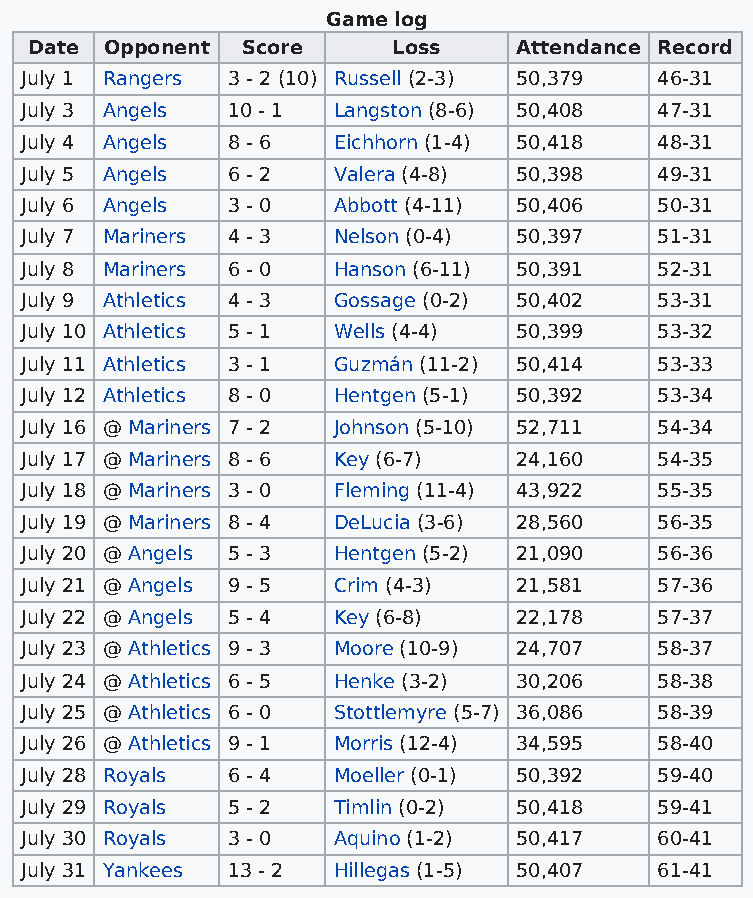
Game log
 Date Opponent Score     Loss    Attendance Record
 July 1 Rangers 3 - 2 (10) Russell (2-3) 50,379 46-31
 July 3 Angels 10 - 1 Langston (8-6) 50,408 47-31
 July 4 Angels 8 - 6  Eichhorn (1-4) 50,418 48-31
 July 5 Angels 6 - 2  Valera (4-8) 50,398  49-31
 July 6 Angels 3 - 0  Abbott (4-11) 50,406 50-31
 July 7 Mariners 4 - 3 Nelson (0-4) 50,397 51-31
 July 8 Mariners 6 - 0 Hanson (6-11) 50,391 52-31
 July 9 Athletics 4 - 3 Gossage (0-2) 50,402 53-31
 July 10 Athletics 5 - 1 Wells (4-4) 50,399 53-32
 July 11 Athletics 3 - 1 Guzmán (11-2) 50,414 53-33
 July 12 Athletics 8 - 0 Hentgen (5-1) 50,392 53-34
 July 16 @ Mariners 7 - 2 Johnson (5-10) 52,711 54-34
 July 17 @ Mariners 8 - 6 Key (6-7) 24,160 54-35
 July 18 @ Mariners 3 - 0 Fleming (11-4) 43,922 55-35
 July 19 @ Mariners 8 - 4 DeLucia (3-6) 28,560 56-35
 July 20 @ Angels 5 - 3 Hentgen (5-2) 21,090 56-36
 July 21 @ Angels 9 - 5 Crim (4-3) 21,581  57-36
 July 22 @ Angels 5 - 4 Key (6-8) 22,178   57-37
 July 23 @ Athletics 9 - 3 Moore (10-9) 24,707 58-37
 July 24 @ Athletics 6 - 5 Henke (3-2) 30,206 58-38
 July 25 @ Athletics 6 - 0 Stottlemyre (5-7) 36,086 58-39
 July 26 @ Athletics 9 - 1 Morris (12-4) 34,595 58-40
 July 28 Royals 6 - 4 Moeller (0-1) 50,392 59-40
 July 29 Royals 5 - 2 Timlin (0-2) 50,418  59-41
 July 30 Royals 3 - 0 Aquino (1-2) 50,417  60-41
 July 31 Yankees 13 - 2 Hillegas (1-5) 50,407 61-41